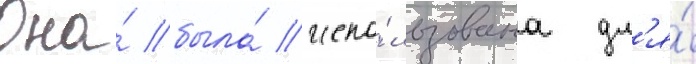
Она́ была́ испо́льзована дл'я́